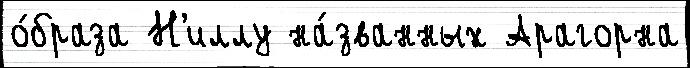
о́браза Н'иллу на́званных Арагорна